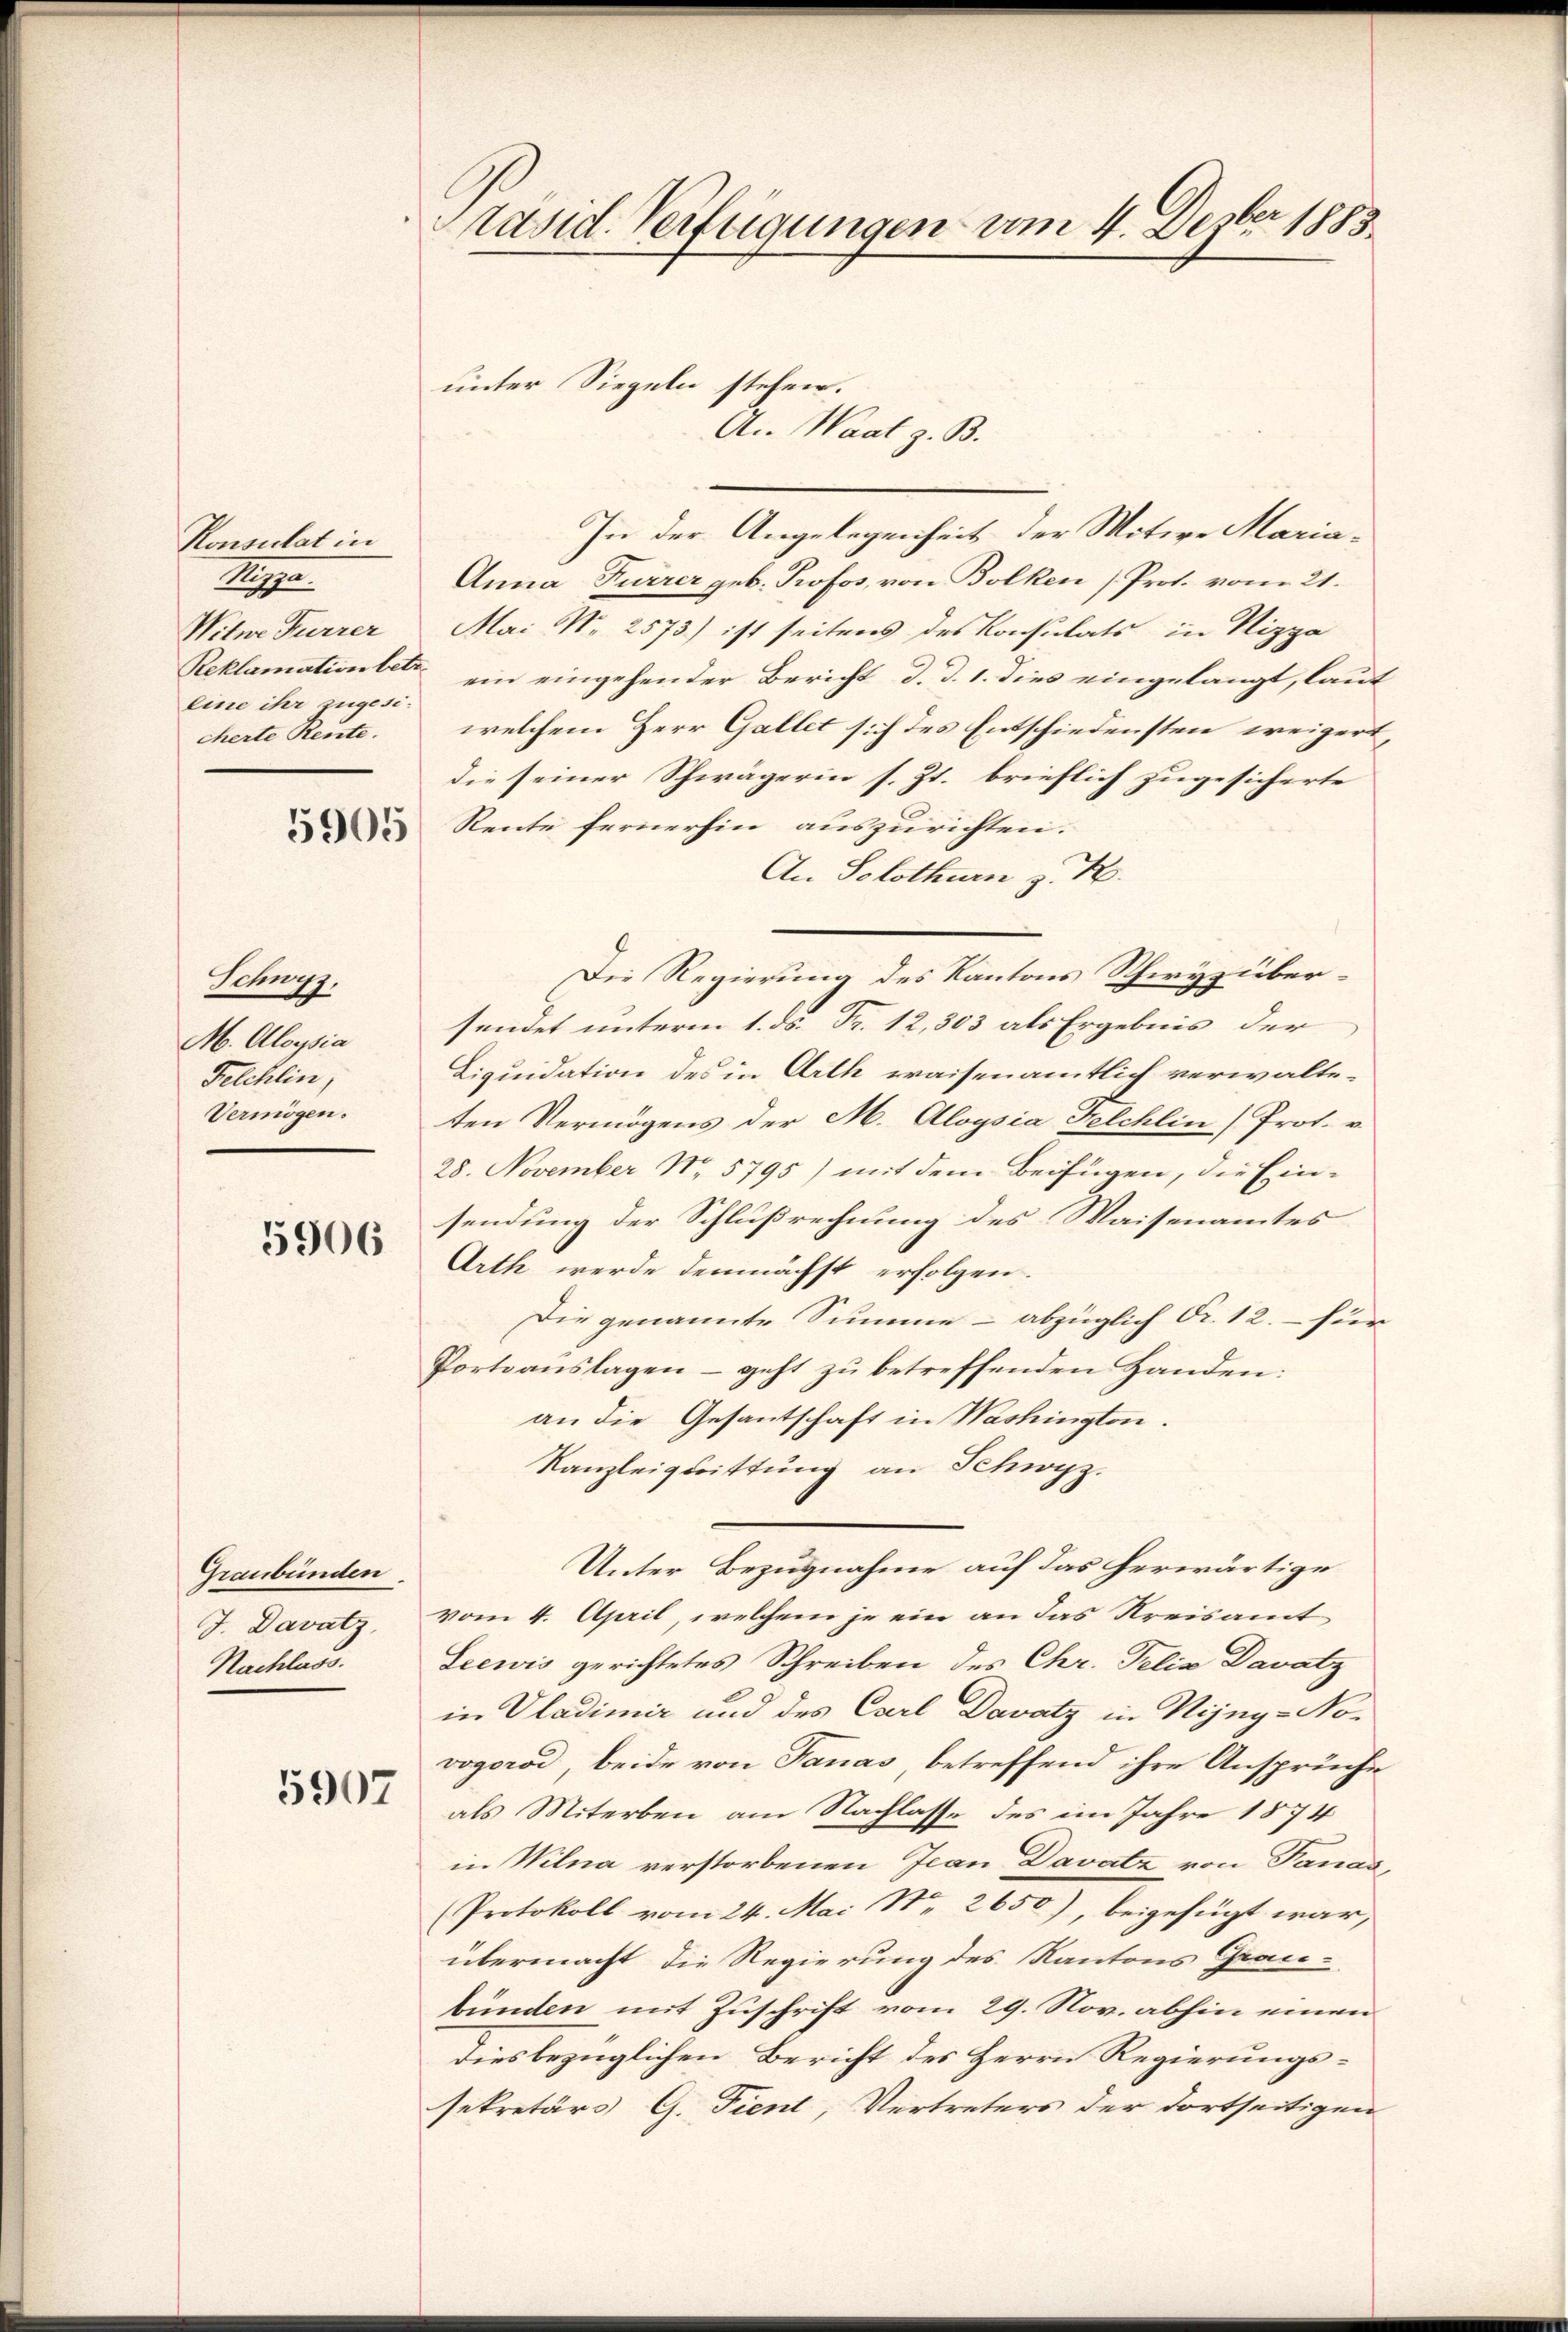
Konsulat in
He
Witwe Furrer
eine ihr zugesicherte Rente.

Schwyz,
M. Aloysia
Felchlin,
Vermögen.

5906

Graubünden
J. Davat
Nachlass.

5907

Präsid. Verfügungen vom 4. Dezbr 1883.

In der Angelegenheit der Mitwe Maria¬
Anna Furrer geb. Profos, von Bolken (Prot. vom 21.
Mai N. 2573) ist seitens des Konsulats in Nizza
Reklamationett ein eingehender Bericht d. d. 1. dies eingelangt, laut
welchem Herr Gallet sich des Entschiedensten weigert,
die seiner Schwägerin s. Zt. brieflich zugesicherte
 Rente fernerhin auszurichten.
An Solothurn z. B.
Die Regierung des Kantons Schwyz übersendet unterm 1. ds. Fr. 12, 303 als Ergebnis der
Liquidation des in Arth waisenamtlich verwalteten Vermögens der M. Aloysia Helchlin (Prot. v.
28. November N. 5795) mit dem Beifügen, die Einsendung der Schlußrechnung des Waisenamtes
Arth werde demnächst erfolgen.
Die genannte Summe – abzüglich Fr. 12. für
Portoauslagen – geht zu betreffenden Handen:
an die Gesantschaft in Washington.
Kanzleiguittung an Schwyz.
Unter Bezugnahme auf das herwärtige
vom 4. April, welchem je ein an das Kreisamt
Seewis gerichtetes Schreiben des Chr. Telia Davatz
in Uladimir und des Carl Davatz in Nejng-No-
vogorod, beide von Fanas betreffend ihre Ansprüche
als Miterben am Nachlasse des im Jahre 1874
in Wilna verstorbenen Jean Davatz von Tanas,
Protokoll vom 24. Mai Nr. 2650), beigefügt war,
übermacht die Regierung des Kantons Grau-
bünden mit Zuschrift vom 29. Nov. abhin einen
diesbezüglichen Bericht des Herrn Regierungssekretärs G. Tient, Vertreters der dortseitigen

An Waat z. B.

unter Siegeln stehen.